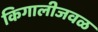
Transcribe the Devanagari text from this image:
किगालीजवळ